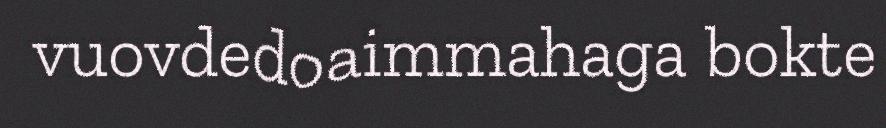
vuovdedoaimmahaga bokte